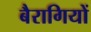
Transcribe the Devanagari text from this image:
बैरागियों